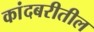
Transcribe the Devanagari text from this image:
कांदबरीतील